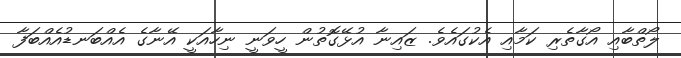
ލޯތްބާއި އޯގާތެރި ކަމާއި އެކުގައެވެ. ޒައިނާ އުޅޭގޮތުން ހީވަނީ ނިހާއަކީ އޭނާގެ އެއްބަނޑުއެއްބަފާ